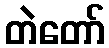
တဲတော်